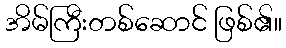
အိမ်ကြီးတစ်ဆောင် ဖြစ်၏။